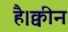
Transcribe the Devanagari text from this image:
है।क्वीन